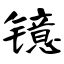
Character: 镱